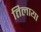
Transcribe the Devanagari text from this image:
तिलाया